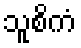
သူစိကံ